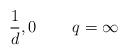
LaTeX: \begin{align*}\frac{1}{d},0\,\,\,\,\,\,\,\,\,\,\,\,\,q=\infty\end{align*}